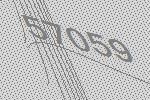
57059